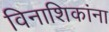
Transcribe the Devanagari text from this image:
विनाशिकांना